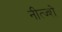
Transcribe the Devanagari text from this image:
नीत्ज्शे